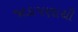
જાડાપણાથી